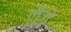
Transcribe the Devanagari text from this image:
लैज़े